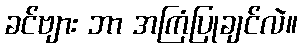
ခင်ဗျား ဘာ အကြံပြုချင်လဲ။